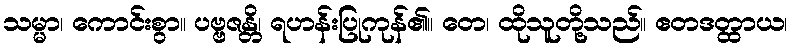
သမ္မာ၊ ကောင်းစွာ။ ပဗ္ဗဇန္တိ၊ ရဟန်းပြုကုန်၏။ တေ၊ ထိုသူတို့သည်။ ဧတဒတ္ထာယ၊